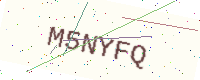
Text: M5NYFQ